Report on the Nagpur School of Medicine, Central Provinces
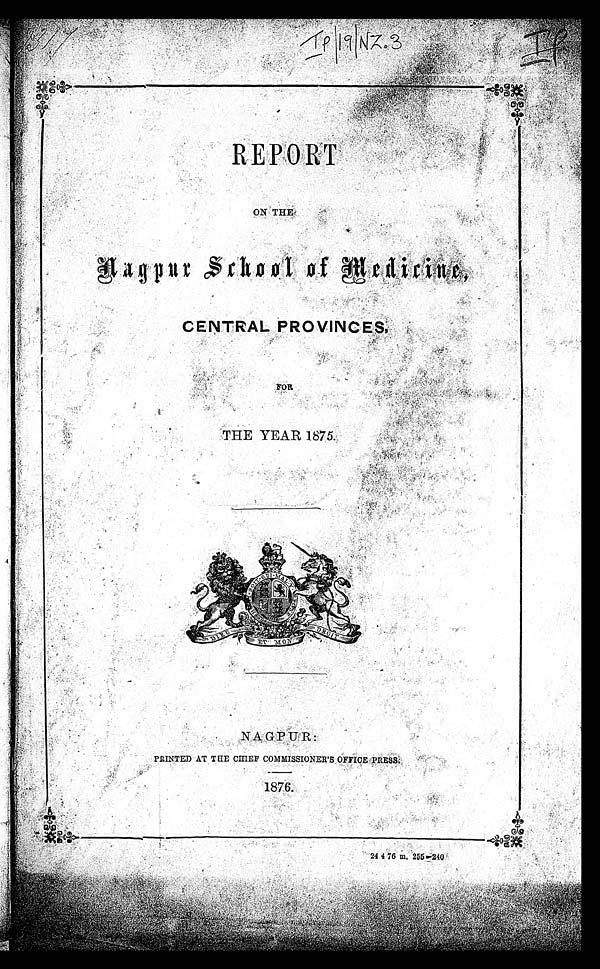
REPORT
N a g p u r S c h o o l o f M
e d i c i n e ,
CENT RAL P ROVI NCES ,
FOR
THE YEAR 1875.
NAGPUR:
PRINTED AT THE CHIEF COMMISSIONER'S OFFICE PRESS.
1876.
24 4 76 m. 255-240